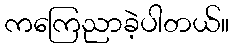
ကကြေညာခဲ့ပါတယ်။